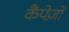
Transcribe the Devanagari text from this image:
कैंपेज़ो